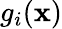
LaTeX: g_{i}(\mathbf{x})